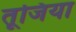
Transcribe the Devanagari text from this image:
तूजिया